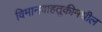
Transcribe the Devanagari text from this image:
विमानवाहतूकीमधील